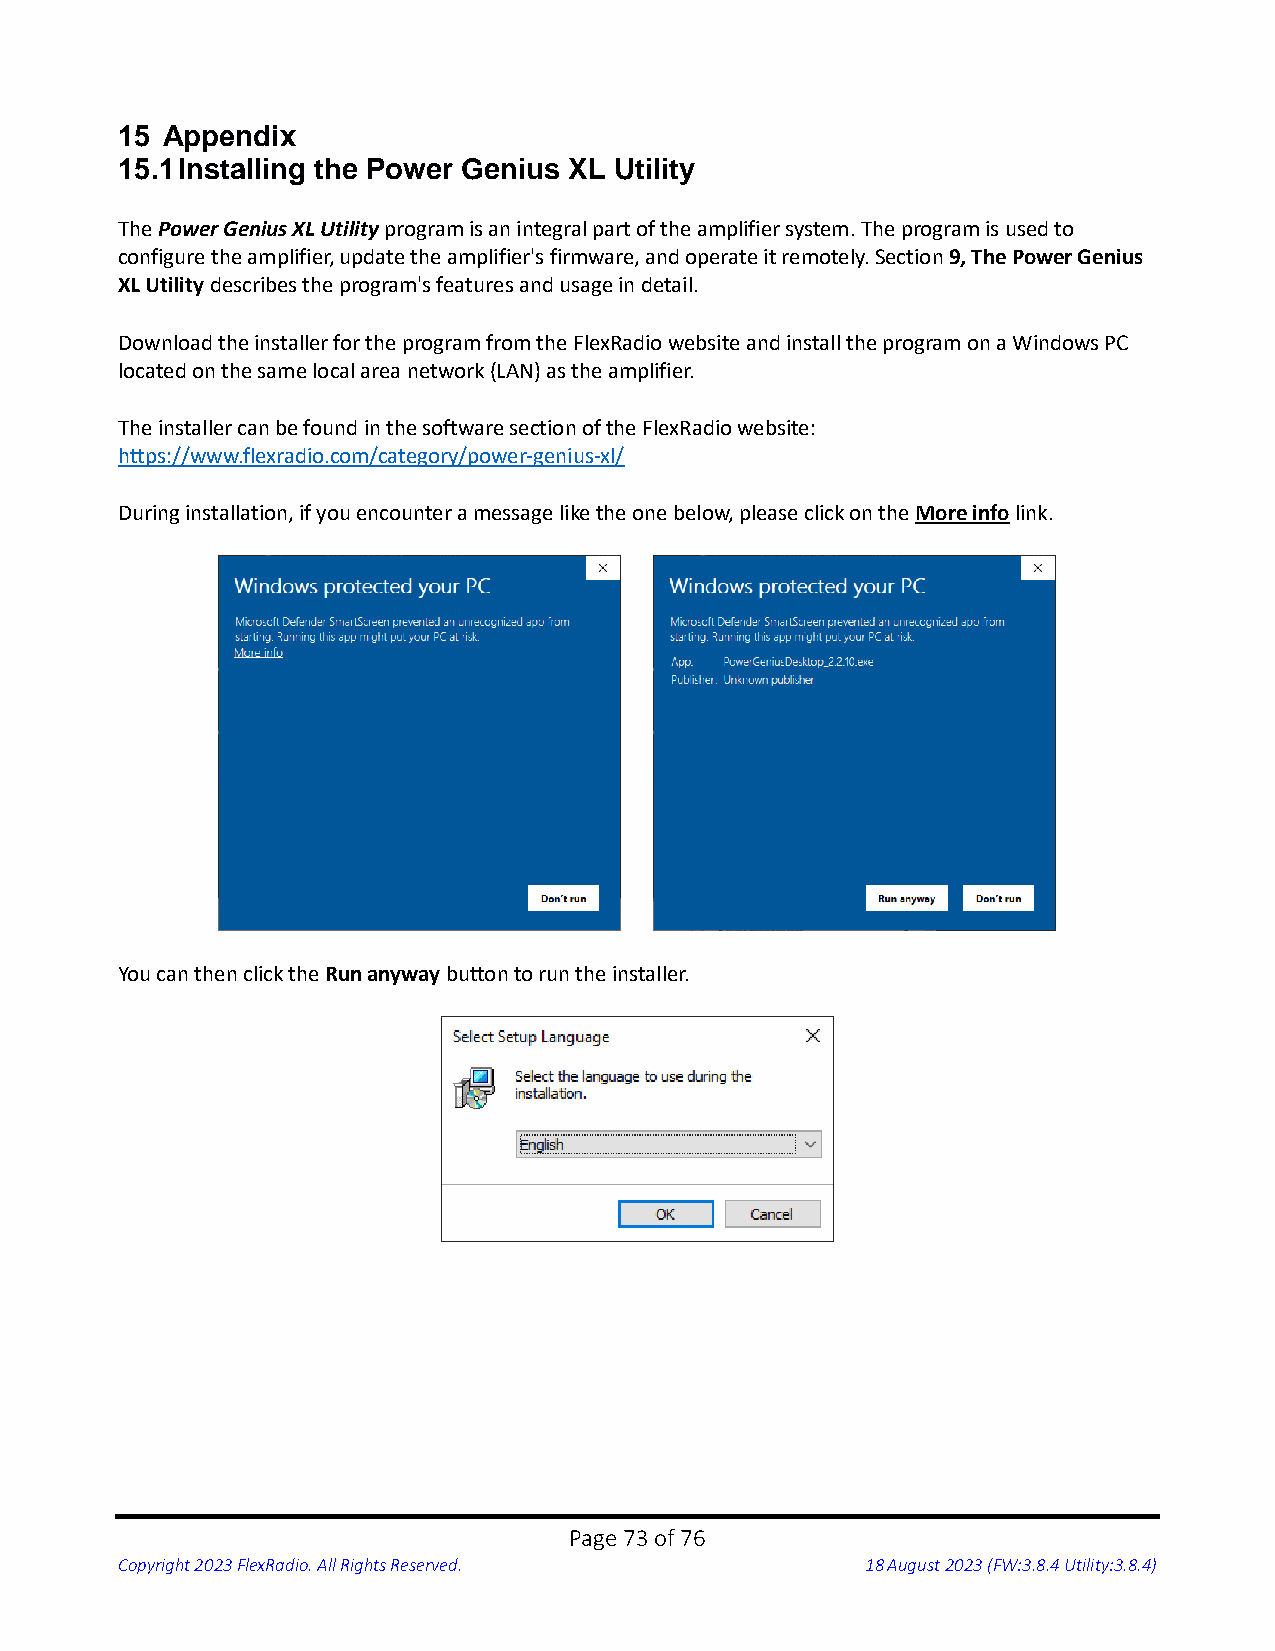
15 Appendix
 15.1 Installing the Power Genius XL Utility
 The Power Genius XL Utility program is an integral part of the amplifier system. The program is used to
 configure the amplifier, update the amplifier's firmware, and operate it remotely. Section 9, The Power Genius
 XL Utility describes the program's features and usage in detail.
 Download the installer for the program from the FlexRadio website and install the program on a Windows PC
 located on the same local area network (LAN) as the amplifier.
 The installer can be found in the software section of the FlexRadio website:
 https://www.flexradio.com/category/power-genius-xl/
 During installation, if you encounter a message like the one below, please click on the More info link.
 You can then click the Run anyway button to run the installer.
 Page 73 of 76
 Copyright 2023 FlexRadio. All Rights Reserved.   18 August 2023 (FW:3.8.4 Utility:3.8.4)